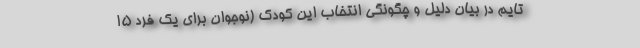
تایم در بیان دلیل و چگونگی انتخاب این کودک (نوجوان برای یک فرد 15